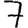
Digit: 7